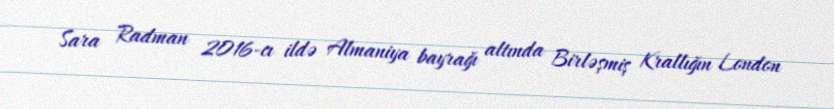
Sara Radman 2016-cı ildə Almaniya bayrağı altında Birləşmiş Krallığın London